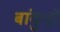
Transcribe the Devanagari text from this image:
बांकुड़ों